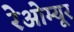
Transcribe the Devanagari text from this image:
रेओम्यूर